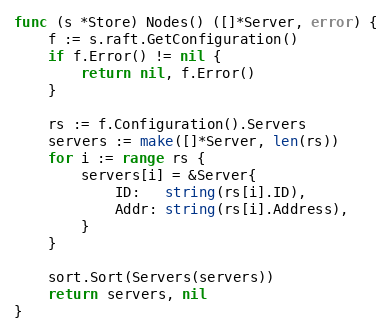
Language: Go
func (s *Store) Nodes() ([]*Server, error) {
	f := s.raft.GetConfiguration()
	if f.Error() != nil {
		return nil, f.Error()
	}

	rs := f.Configuration().Servers
	servers := make([]*Server, len(rs))
	for i := range rs {
		servers[i] = &Server{
			ID:   string(rs[i].ID),
			Addr: string(rs[i].Address),
		}
	}

	sort.Sort(Servers(servers))
	return servers, nil
}